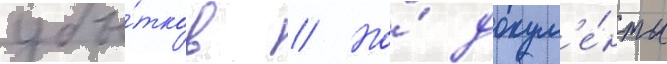
убы́тков // Но́ докум'е́нты